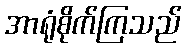
အာရုံစိုက်ကြသည်